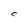
Character: C